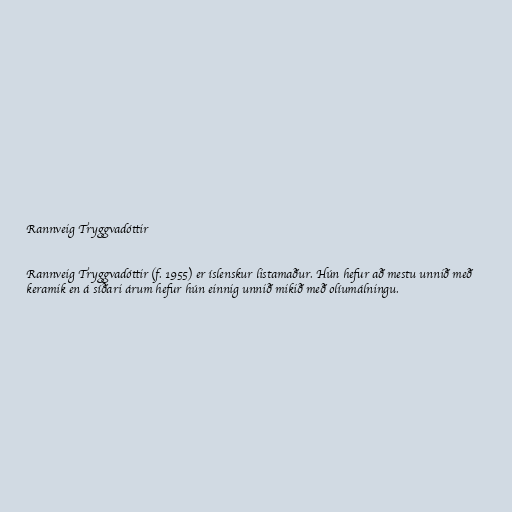
Rannveig Tryggvadóttir

Rannveig Tryggvadóttir (f. 1955) er íslenskur listamaður. Hún hefur að mestu unnið með
keramik en á síðari árum hefur hún einnig unnið mikið með olíumálningu.